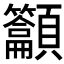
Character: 𱂟